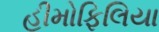
હીમોફિલિયા